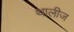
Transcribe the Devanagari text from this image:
थालीज